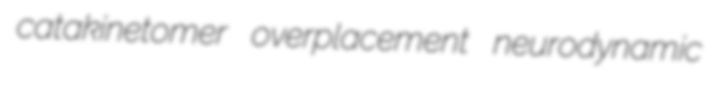
catakinetomer overplacement neurodynamic